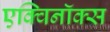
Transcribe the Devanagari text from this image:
एक्विनॉक्स